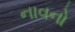
નાવનો